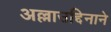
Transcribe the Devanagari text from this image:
अल्लाउद्दिनाने